Scottish Leaving Certificate Examination, 1959
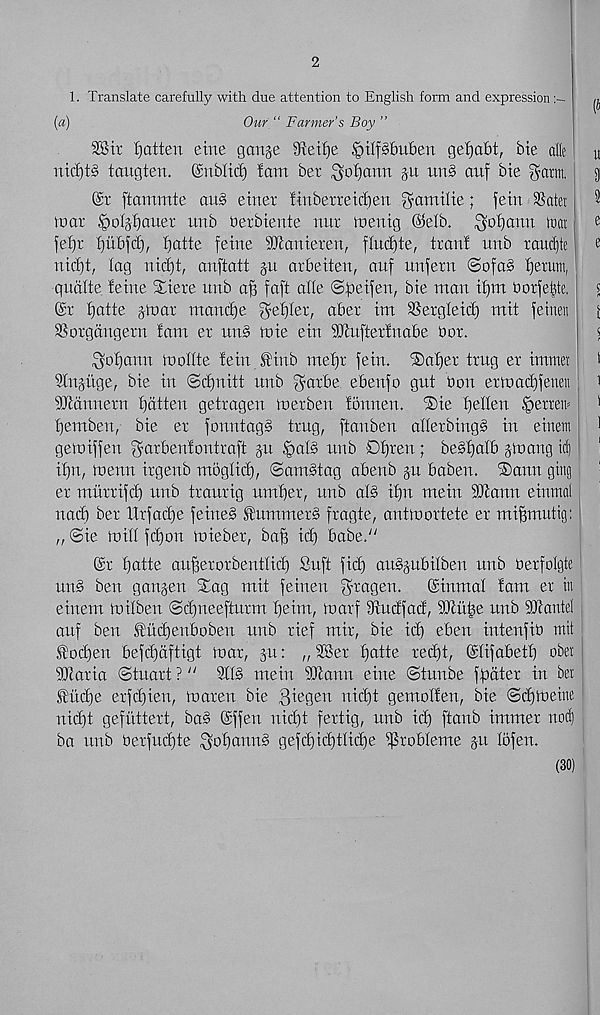
2
1. Translate carefully with due attention to English form and expression
(a)
Our “ Farmer’s Boy ”
Sir fatten eine gauge StetEje §ttf§£m6en gefjafit, bie die
nid)t§ tatigten. Gntbltd) tam bet ^of)ann gu unb auf bie gam.
©r ftammte au§ einet finbetreicfjen ^amilie; fein 3Satei
mar §ofgf)auer unb Uerbiente nur menig ©efb. $of)ann trat
jefjr tjtibfct), fjatte feme SJtanieren, flu(f)te, tran! unb raudjte
nicfjt, lag nidjt, anftatt gu arbeiten, auf nnfern ©ofa§ fjetum,
qudfte feine Xiere unb a^ faft alle ©foeifeu, bie man ifjm borfe|te.
©r f)atte gin at mancfje ^e'fjler, abet im SSergleid) mit feinen
Sorgdngetn fam er un§ mie ein SJtufterfnabe bor.
^of)ann inotlte fein finb mefjt fein. ®af)er trug er intmet
Sfngitge, bie in ©ctfnitt unb garbe ebenfo gut bon ertoacfjfenen
iFtdnnern flatten getragen toerben fonnen. iSie tfeffen ^erreir
fiemben, bie er fountag§ trng, ftanben atterbingS in einetn
gemiffen garbenfontraft gn §at§ nub Df)ren; beStfatb gmang id)
if)n, menu irgenb mogfict), ©amStag abenb gu baben. ®ann |mg
er murrifct) nub traurig nmf)er, unb af§ if)n mein 9Jlann einmal
nacf) ber Urfacf)e feine§ Summers fragte, antmortete er miBmutig:
„ @ie mill fctjon mieber, ba^ id) babe/'
©r fjatte au^erorbentficf) Snft fid) au§gubilben unb berfolgte
nn§ ben gangen Stag mit feinen guagen.
©inmat fam er in
einem mifben Sd)ueefturm fjeim, marf 9tudfad, iDtii^e nub Santel
anf ben ^udfenboben nub rief mir, bie id) eben intenfib mit
ftod)en befcf)dftigt mar, gu: „ Set fjatte redjt, ©tifabetf) obei
SJiaria ©tnart ? u 3ft§ mein 9Jtann eine ©tunbe fpdter in ber
IBud)e erfdjien, maren bie 3^e0 en ftitfjt gemoffen, bie ©djmeine
nidjt gefiittert, ba§ ©ffen nid)t fertig, unb id) ftanb immer noftj
ba unb berfudjte ^of)ann§ gefd)id)tlid)e 5fJrobteme gu tofen.
(30)